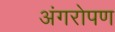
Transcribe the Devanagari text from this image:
अंगरोपण